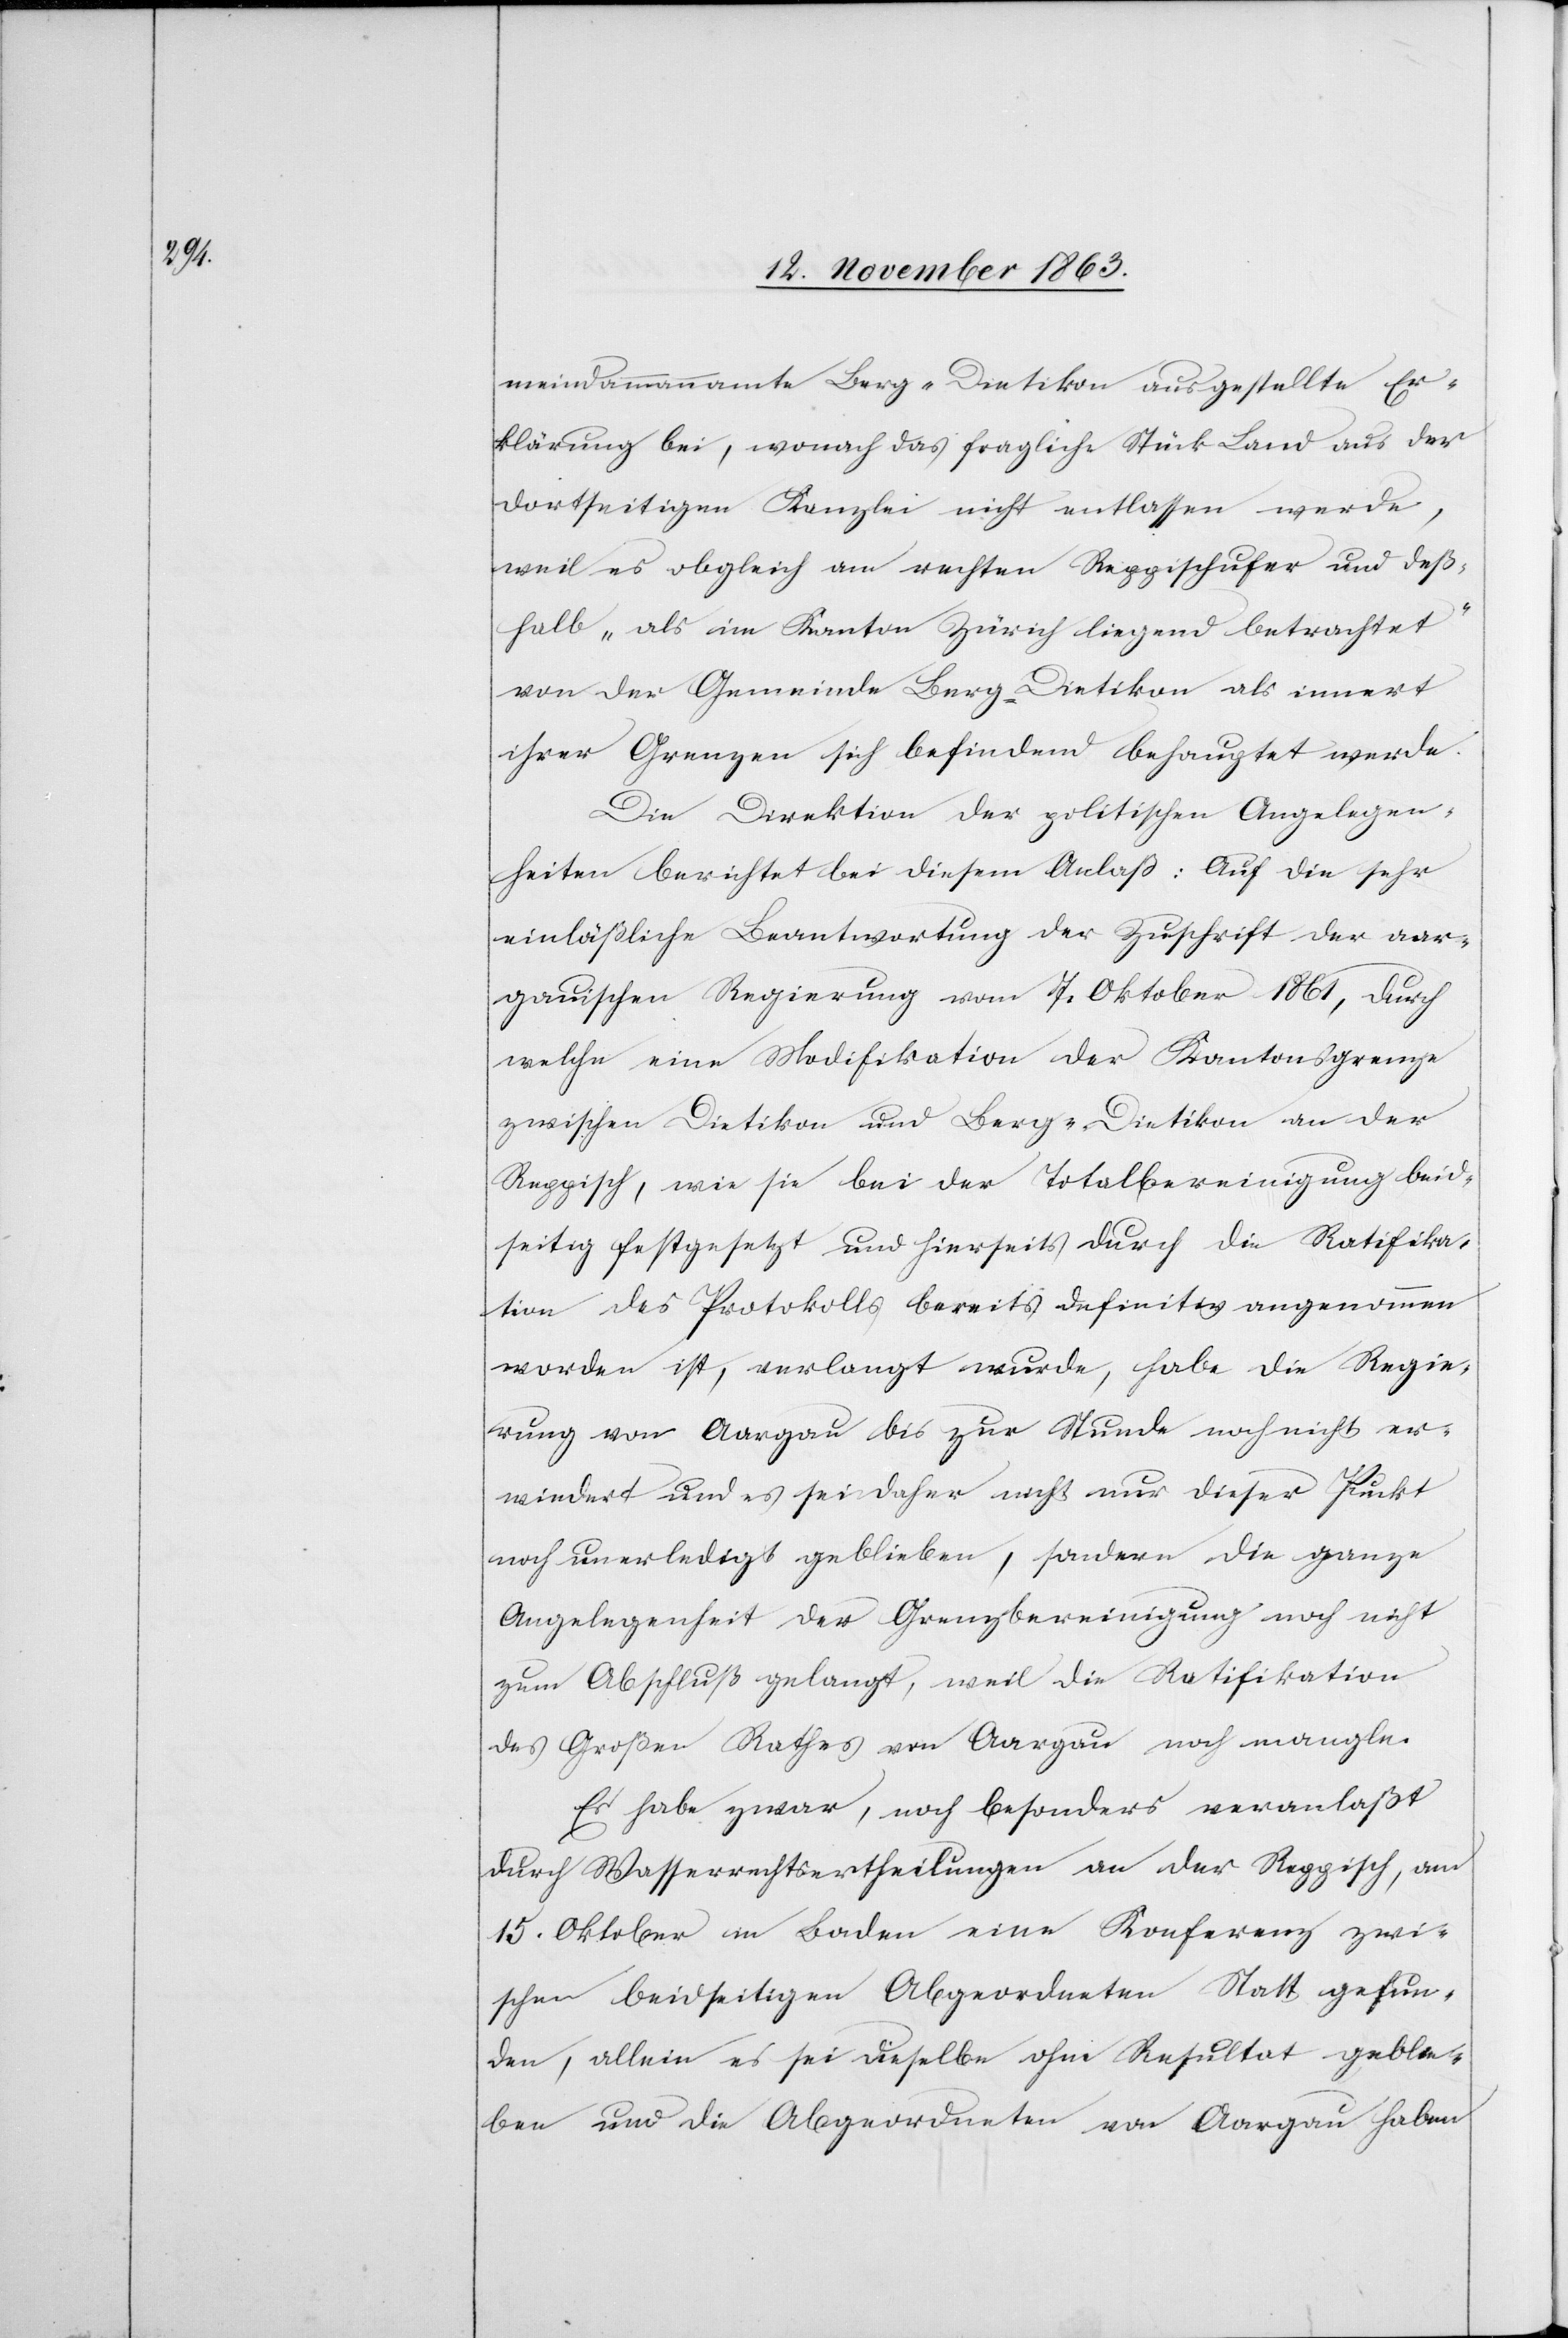
meindammannamte Berg-Dietikon ausgestellte Er¬
klärung bei, wonach das fragliche Stück Land aus der
dortseitigen Kanzlei nicht entlassen werde,
weil es obgleich am rechten Reppischufer und deß¬
halb „als im Kanton Zürich liegend betrachtet“
von der Gemeinde Berg-Dietikon als innert
ihrer Grenzen sich befindend behauptet werde.
Die Direktion der politischen Angelegen¬
heiten berichtet bei diesem Anlaß: Auf die sehr
einläßliche Beantwortung der Zuschrift der aar¬
gauischen Regierung vom 7. Oktober 1861, durch
welche eine Modifikation der Kantonsgrenze
zwischen Dietikon und Berg-Dietikon an der
Reppisch, wie sie bei der Totalbereinigung beid¬
seitig festgesetzt und hierseits durch die Ratifika¬
tion des Protokolls bereits definitiv angenommen
worden ist, verlangt wurde, habe die Regie¬
rung von Aargau bis zur Stunde noch nicht er¬
wiedert und es sei daher nicht nur dieser Punkt
noch unerledigt geblieben, sondern die ganze
Angelegenheit der Grenzbereinigung noch nicht
zum Abschluß gelangt, weil die Ratifikation
des Großen Rathes von Aargau noch mangle.
Es habe zwar, noch besonders veranlaßt
durch Wasserrechtsertheilungen an der Reppisch, am
15. Oktober in Baden eine Konferenz zwi¬
schen beidseitigen Abgeordneten Statt gefun¬
den, allein es sei dieselbe ohne Resultat geblie¬
ben und die Abgeordneten von Aargau haben